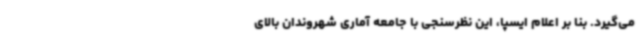
می‌گیرد. بنا بر اعلام ایسپا، این نظرسنجی با جامعه آماری شهروندان بالای